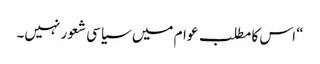
“ اس کا مطلب عوام میں سیاسی شعور نہیں۔